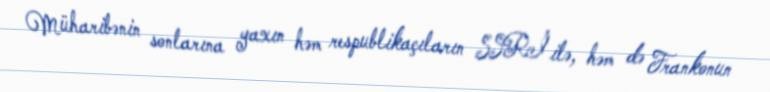
Müharibənin sonlarına yaxın həm respublikaçıların SSRİ ilə, həm də Frankonun